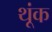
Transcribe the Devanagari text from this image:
थूंक